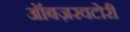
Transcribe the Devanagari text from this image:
ऑबज़रवटोरी